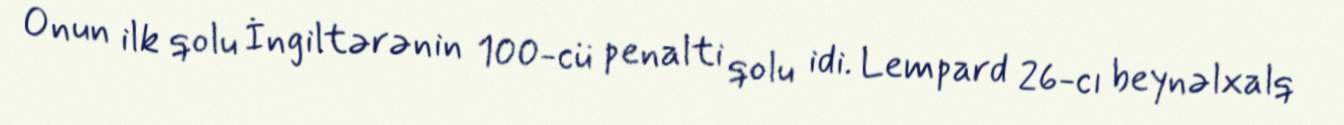
Onun ilk qolu İngiltərənin 100-cü penalti qolu idi. Lempard 26-cı beynəlxalq